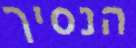
הנסיך